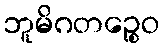
ဘူမိဂတဉ္စေဝ